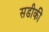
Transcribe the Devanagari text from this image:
सडीकी